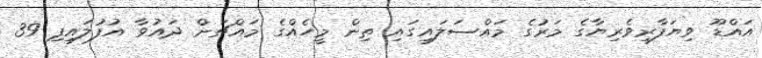
އައްޑޫ ވިޔަފާރިވެރިޔާގެ މަރުގެ މައްސަލައިގައި ތިން މީހެއްގެ މައްޗަށް ދައުވާ އުފުލައިފި 39